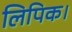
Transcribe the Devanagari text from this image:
लिपिक।